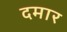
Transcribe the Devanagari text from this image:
दमार